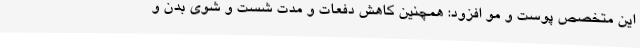
این متخصص پوست و مو افزود: همچنین کاهش دفعات و مدت شست و شوی بدن و